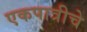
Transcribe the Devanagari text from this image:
एकपात्रीचे